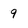
Character: 9